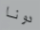
دونا